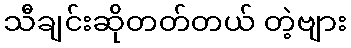
သီချင်းဆိုတတ်တယ် တဲ့ဗျား